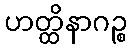
ဟတ္ထိနာဂဉ္စ